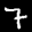
Label: 7